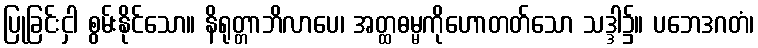
ပြုခြင်းငှါ စွမ်းနိုင်သော။ နိရုတ္တာဘိလာပေ၊ အတ္ထဓမ္မကိုဟောတတ်သော သဒ္ဒါ၌။ ပဘေဒဂတံ၊